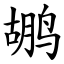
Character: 鹕